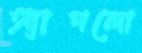
অ্যাপলো